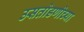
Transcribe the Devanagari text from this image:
उसतोडणीच्या